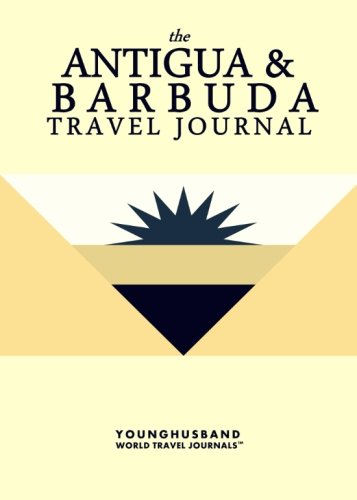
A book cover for The Antigua & Barbuda Travel Journal; Younghusband World Travel Journals; Travel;